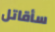
سأقاتل